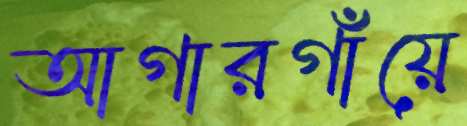
আগারগাঁয়ে